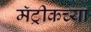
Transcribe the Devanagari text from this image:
मॅट्रीकच्या